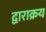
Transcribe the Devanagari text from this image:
द्वाराक्रय